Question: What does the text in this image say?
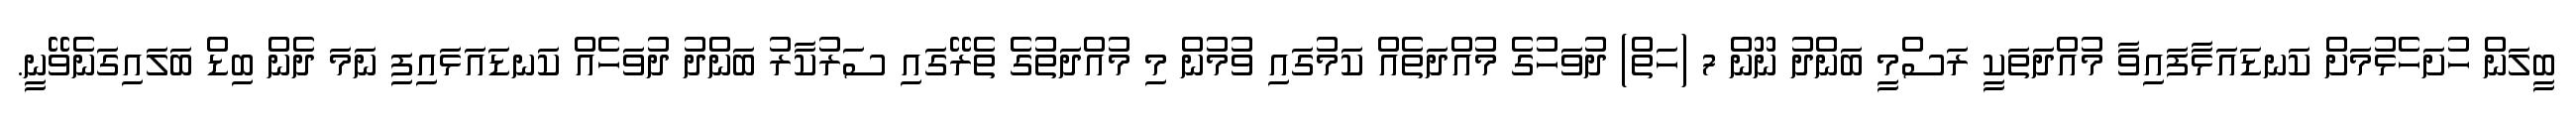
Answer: ބީލަން ހުށަހެޅުމަށް ކަނޑައަޅާފައިވާ މުއްދަތަކީ ރަސްމީ ބަންދު ނޫން 7 (ހަތް) ދުވަހުގެ މުއްދަތެއް ކަމުގައި ވުމުން މި މުއްދަތުގެ ތެރޭގައި ސަރުކާރު ބަންދު ދުވަހެއް ކަނޑައަޅައިފި ނަމަ ދެން ބިޑް ބަލައިގަނެވޭނީ.